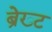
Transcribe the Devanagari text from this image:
ब्रेख्ट